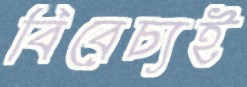
বিবেচ্যই